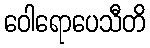
ဝေါရောပေသီတိ